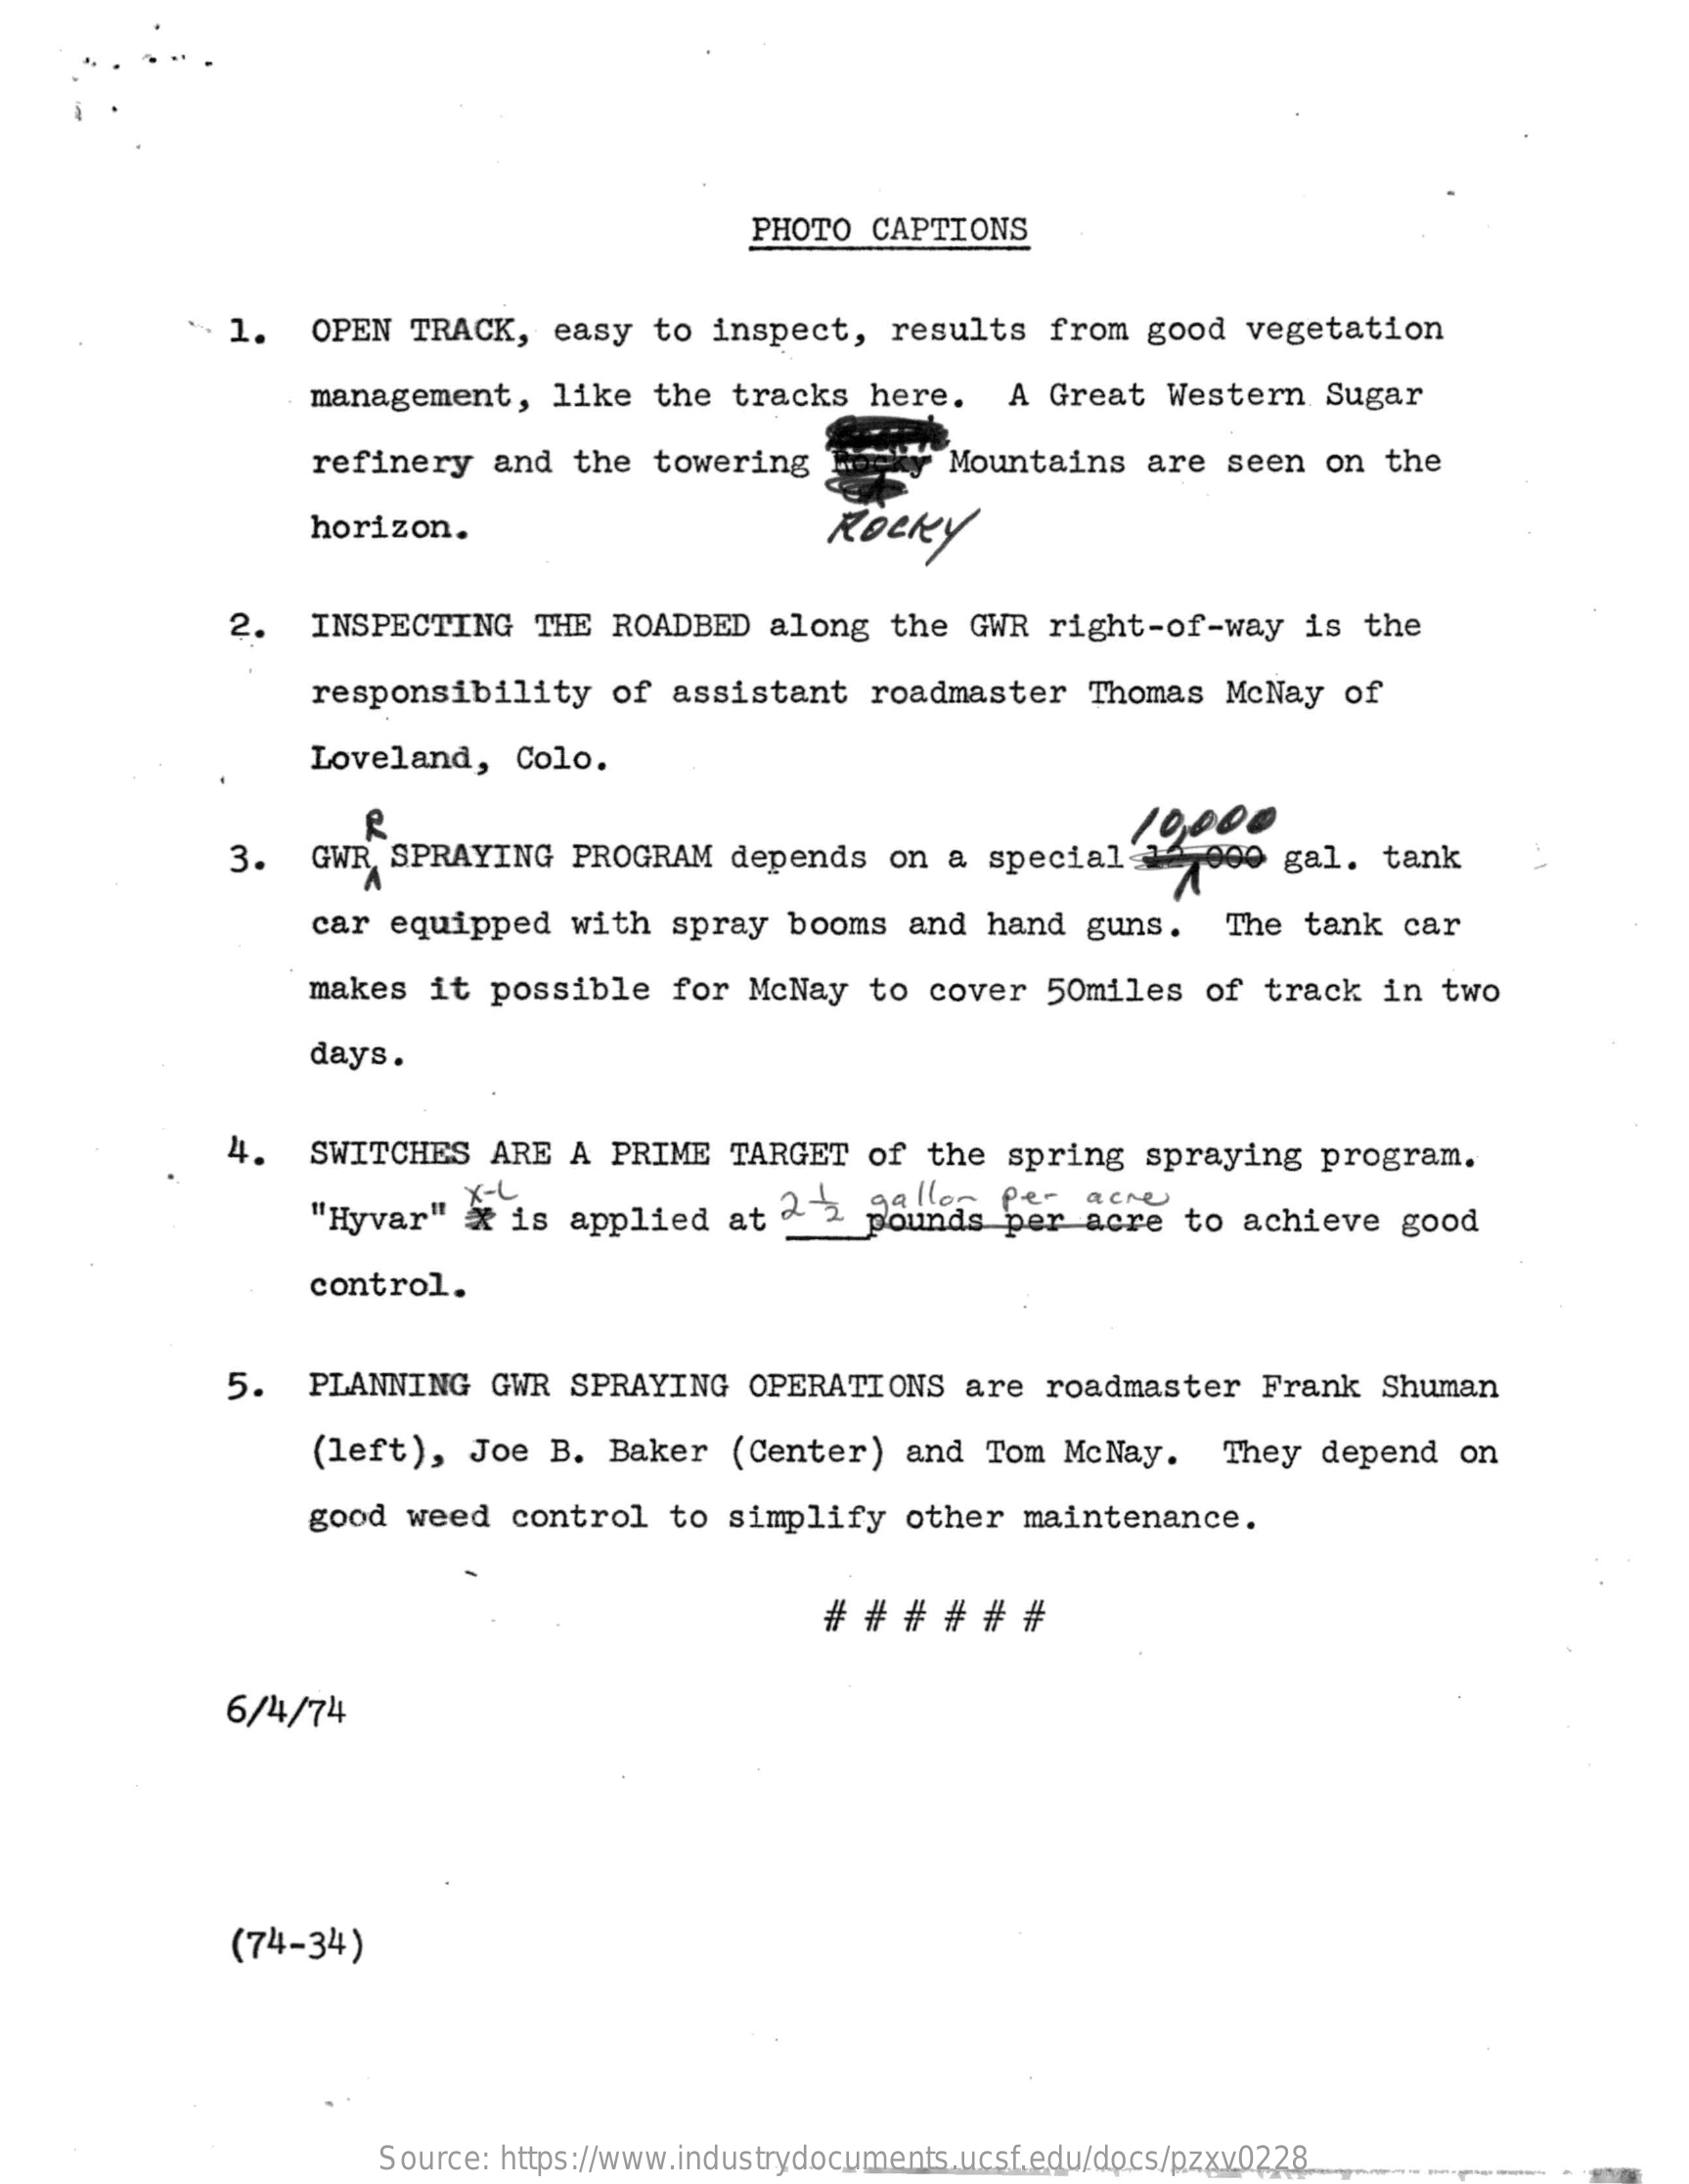
PHOTO CAPTIONS
     1.  OPEN  TRACK, easy to inspect, results from good vegetation
     management,  like the tracks here.  A Great Western Sugar
     refinery and the towering    Mountains are seen on the
     horizon.    Rocky
     2.  INSPECTING  THE ROADBED along the GWR right-of-way is the
     responsibility of assistant roadmaster Thomas McNay of
     Loveland,  Colo.
     3.  GWR SPRAYING  PROGRAM depends on a special 16 000 gal. tank
     10000
     car equipped with  spray booms and hand guns.  The tank car
     makes it possible  for McNay to cover 50miles of track in two
     days.
     4.  SWITCHES ARE A  PRIME TARGET of the spring spraying program.
     pounds per acre to achieve good "Hyvar" & is applied at 2 2 galler fe- acre
     control.
     5.  PLANNING GWR SPRAYING  OPERATIONS are roadmaster Frank Shuman
     (left), Joe B. Baker  (Center) and Tom McNay.  They depend on
     good weed control  to simplify other maintenance.
     # # # # # #
     6/4/74
     (74-34)
     /www.industrydo